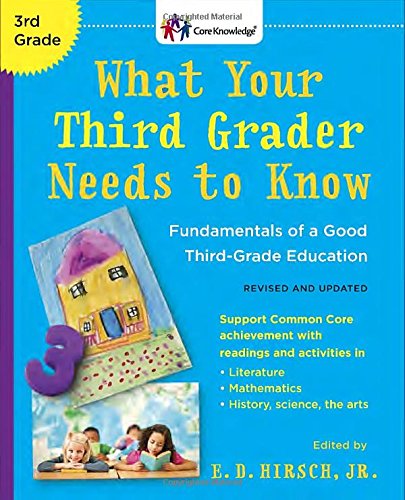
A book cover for What Your Third Grader Needs to Know (Revised and Updated): Fundamentals of a Good Third-Grade Education (Core Knowledge Series); E.D. Hirsch Jr.; Education & Teaching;